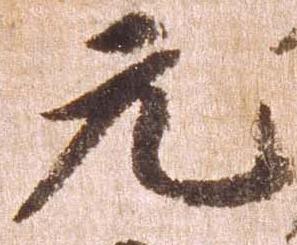
元